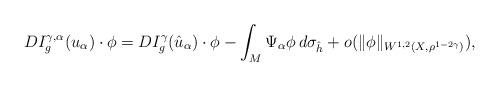
LaTeX: \begin{align*}DI^{\gamma,\alpha}_g(u_\alpha)\cdot\phi=DI^\gamma_g(\hat{u}_\alpha)\cdot\phi-\int_M\Psi_\alpha\phi \,d\sigma_{\hat{h}}+o(\|\phi\|_{W^{1,2}(X,\rho^{1-2\gamma})}),\end{align*}